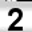
Digit: 2